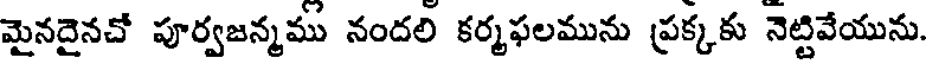
మైనదైనచో పూర్వజన్మము నందలి కర్మఫలమును ప్రక్కకు నెట్టివేయును.